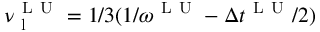
\nu _ { \mathrm { ~ l ~ } } ^ { \mathrm { ~ L ~ U ~ } } = 1 / 3 ( 1 / \omega ^ { \mathrm { ~ L ~ U ~ } } - \Delta t ^ { \mathrm { ~ L ~ U ~ } } / 2 )